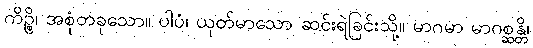
ကိဉ္စိ၊ အစုံတခုသော။ ပါပံ၊ ယုတ်မာသော ဆင်းရဲခြင်းသို့။ မာဂမာ မာဂစ္ဆန္တိ၊